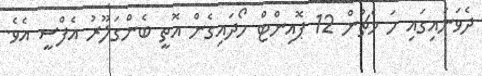
ދެވަނައިގައި ހަ މެޗުން 12 ޕޮއިންޓް ހޯދައިގެން އޮތީ ބެންގަލޫރު އެފްސީ އެވެ.